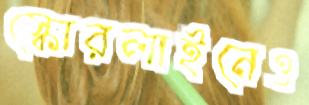
স্কোরলাইনেও